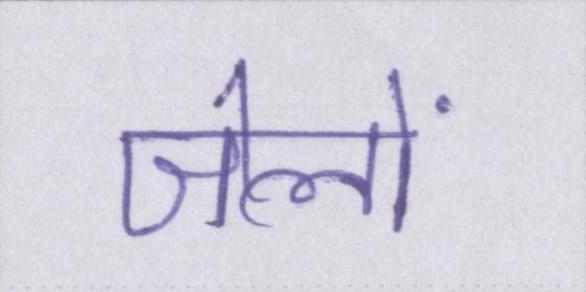
जेलों